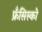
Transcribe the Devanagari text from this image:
फ्रँसिस्को